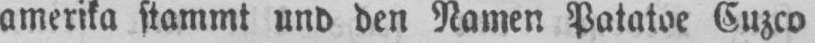
amerika stammt und den Namen Patatoe Cuzco